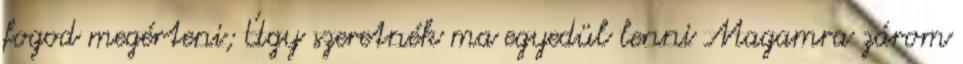
fogod megérteni; Úgy szeretnék ma egyedül lenni Magamra zárom